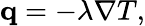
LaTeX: \mathbf{q}=-\lambda\nabla T,